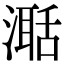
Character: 𣽅